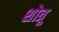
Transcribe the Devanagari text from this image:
शोत्रू